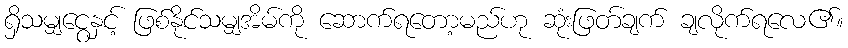
ရှိသမျှငွေနှင့် ဖြစ်နိုင်သမျှအိမ်ကို ဆောက်ရတော့မည်ဟု ဆုံးဖြတ်ချက် ချလိုက်ရလေ၏။